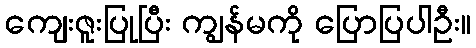
ကျေးဇူးပြုပြီး ကျွန်မကို ပြောပြပါဦး။